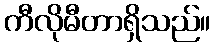
ကီလိုမီတာရှိသည်။